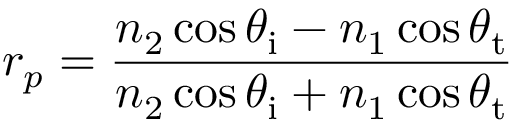
r _ { p } = { \frac { n _ { 2 } \cos \theta _ { \mathrm { i } } - n _ { 1 } \cos \theta _ { \mathrm { t } } } { n _ { 2 } \cos \theta _ { \mathrm { i } } + n _ { 1 } \cos \theta _ { \mathrm { t } } } }